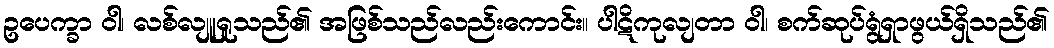
ဥပေက္ခာ ဝါ၊ လစ်လျူရှုသည်၏ အဖြစ်သည်လည်းကောင်း။ ပါဋိကုလျတာ ဝါ၊ စက်ဆုပ်ရွံရှာဖွယ်ရှိသည်၏